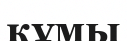
құмы